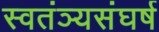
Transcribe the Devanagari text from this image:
स्वतंञ्यसंघर्ष